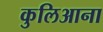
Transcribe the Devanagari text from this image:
कुलिआना